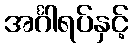
အင်္ဂါရပ်နှင့်